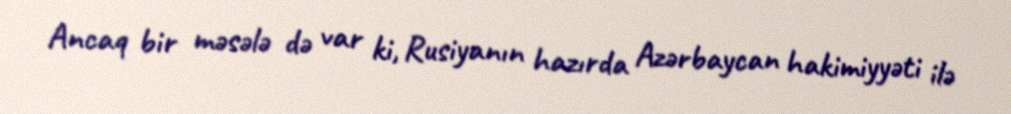
Ancaq bir məsələ də var ki, Rusiyanın hazırda Azərbaycan hakimiyyəti ilə